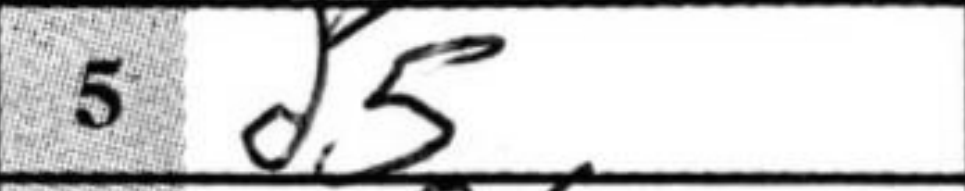
Transcription: d5